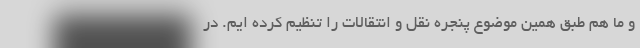
و ما هم طبق همین موضوع پنجره نقل و انتقالات را تنظیم کرده ایم. در